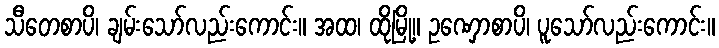
သီတေစာပိ၊ ချမ်းသော်လည်းကောင်း။ အထ၊ ထိုမြို့။ ဥဏှောစာပိ၊ ပူသော်လည်းကောင်း။